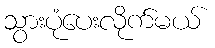
သွားပုံပေးလိုက်မယ်